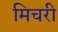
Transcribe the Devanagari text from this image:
मिचरी